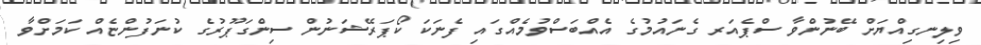
ވިލިނގިއްޔަށް ބޭނުންވާ ސްޕެއަރ ގެނައުމުގެ އެއްބަސްވުމެއްގައި ފެނަކަ ކޯޕަރޭޝަނުން ސިންގަޕޫރުގެ ކުނަފުންޏެއް ކަމަށްވާ